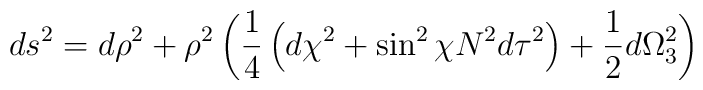
ds^2 =  d\rho^2 + \rho^2 \left( \frac{1}{4} \left( d\chi^2 + \sin^2{\chi} N^2 d\tau^2 \right) + \frac{1}{2} d\Omega^2_{3} \right)